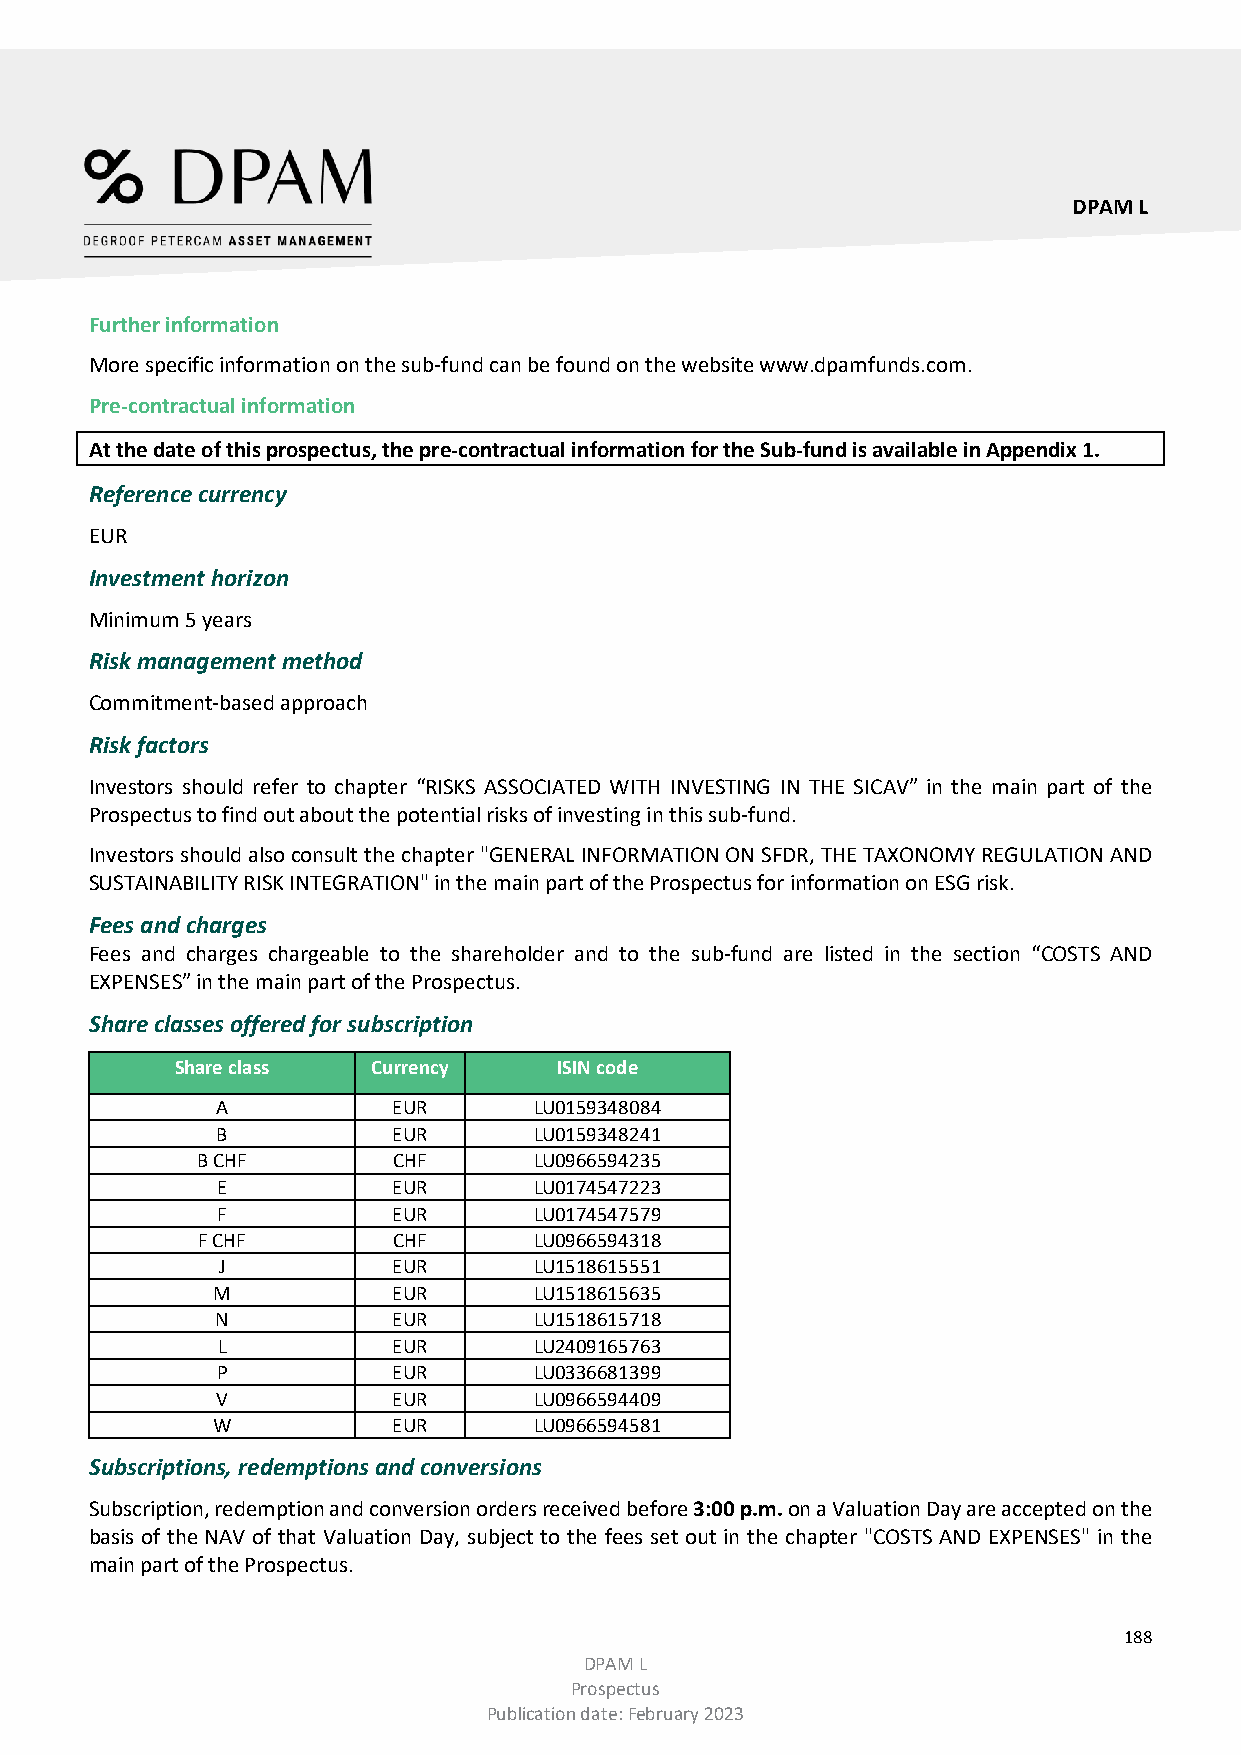
DPAM L
 Further information
 More specific information on the sub-fund can be found on the website www.dpamfunds.com.
 Pre-contractual information
 At the date of this prospectus, the pre-contractual information for the Sub-fund is available in Appendix 1.
 Reference currency
 EUR
 Investment horizon
 Minimum 5 years
 Risk management method
 Commitment-based approach
 Risk factors
 Investors should refer to chapter “RISKS ASSOCIATED WITH INVESTING IN THE SICAV” in the main part of the
 Prospectus to find out about the potential risks of investing in this sub-fund.
 Investors should also consult the chapter "GENERAL INFORMATION ON SFDR, THE TAXONOMY REGULATION AND
 SUSTAINABILITY RISK INTEGRATION" in the main part of the Prospectus for information on ESG risk.
 Fees and charges
 Fees and charges chargeable to the shareholder and to the sub-fund are listed in the section “COSTS AND
 EXPENSES” in the main part of the Prospectus.
 Share classes offered for subscription
 Share class  Currency    ISIN code
 A           EUR      LU0159348084
 B           EUR      LU0159348241
 B CHF        CHF      LU0966594235
 E           EUR      LU0174547223
 F           EUR      LU0174547579
 F CHF        CHF      LU0966594318
 J           EUR      LU1518615551
 M           EUR      LU1518615635
 N           EUR      LU1518615718
 L           EUR      LU2409165763
 P           EUR      LU0336681399
 V           EUR      LU0966594409
 W           EUR      LU0966594581
 Subscriptions, redemptions and conversions
 Subscription, redemption and conversion orders received before 3:00 p.m. on a Valuation Day are accepted on the
 basis of the NAV of that Valuation Day, subject to the fees set out in the chapter "COSTS AND EXPENSES" in the
 main part of the Prospectus.
 188
 DPAM L
 Prospectus
 Publication date: February 2023